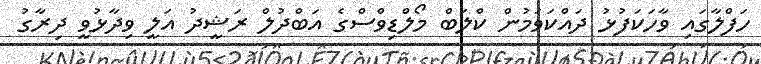
ހަފްލާގައި ވާހަކަފުޅު ދައްކަވަމުން ކްލަބް މޯލްޑިވްސްގެ އަބްދުލް ރަޝީދު އަލީ ވިދާޅުވީ ދިރާގު